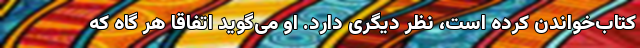
کتاب‌خواندن کرده است، نظر دیگری دارد. او می‌گوید اتفاقاً هر گاه که